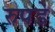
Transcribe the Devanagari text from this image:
रुपडे